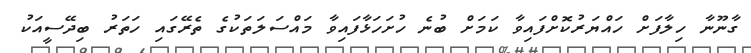
ގާނޫނާ ހިލާފަށް ހައްޔަރުކޮށްފައިވާ ކަމަށް ބުނެ ހުށަހަޅާފައިވާ މައްސަލަތަކުގެ ތެރޭގައި ހަތަރު ބިދޭސީއަކު